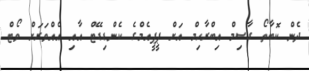
ދެން ކޮބާތޯ ގާސިމް އިބްރާހިމް އަށް ޕީޕީއެމްގެ ކެންޑިޑޭޓް އާއި އެއްވަރަށް ވޯޓް